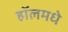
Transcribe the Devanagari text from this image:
हॉलमधे